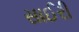
સાઈરી